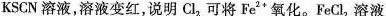
KSCN溶液，溶液变红，说明Cl_{2}可将Fe^{2+}氧化。FeCl_{2}溶液